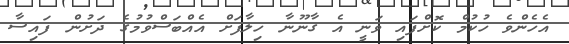
އެހެންވެ ހުކުމް ކޮށްފައި ވަނީ އެ ގާނޫނާ ހިލާފަށް އެއްބަސްވުމުގެ ދަށުން ފައިސާ